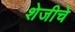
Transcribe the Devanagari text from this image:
शेजीचे